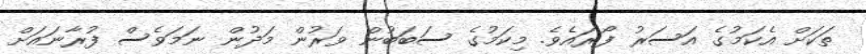
ތަކަށް އެކަމުގެ އަސަރު ފޯރައެވެ. މިކަމުގެ ސަބަބުން ވަރުން މަދުން ނަމަވެސް ފުރާނައަށް